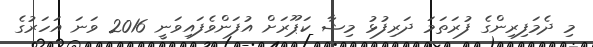
މި ދެމަފިރިންގެ ފުރަތަމަ ދަރިފުޅު މިޝާ ކަޕޫރަށް އުފަންވެފައިވަނީ 2016 ވަނަ އަހަރުގެ